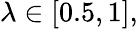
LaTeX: \lambda\in[0.5,1],